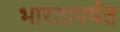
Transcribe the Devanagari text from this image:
भारतापर्यत